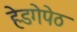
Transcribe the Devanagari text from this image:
हेडगेपेठ